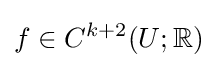
f\in C^{k+2}(U;\mathbb {R} )